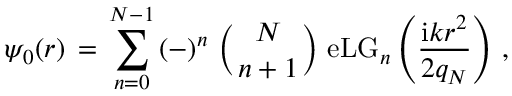
\begin{array} { l } { \displaystyle \psi _ { 0 } ( \boldsymbol { r } ) \, = \, \sum _ { n = 0 } ^ { N - 1 } \, ( - ) ^ { n } \, \left( { { N } \atop { n + 1 } } \right) \, \mathrm { e L G } _ { n } \left( \frac { \mathrm { i } k r ^ { 2 } } { 2 q _ { N } } \right) \, , } \end{array}